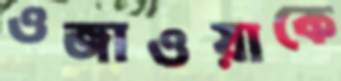
ওজাওয়াকে